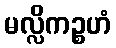
မလ္လိကဉ္စဟံ